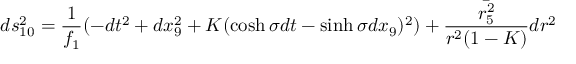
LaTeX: d s _ { 1 0 } ^ { 2 } = \frac { 1 } { f _ { 1 } } ( - d t ^ { 2 } + d x _ { 9 } ^ { 2 } + K ( \cosh \sigma d t - \sinh \sigma d x _ { 9 } ) ^ { 2 } ) + \frac { \bar { r _ { 5 } ^ { 2 } } } { r ^ { 2 } ( 1 - K ) } d r ^ { 2 }